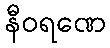
နီဝရဏေ